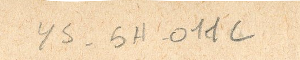
ys-5H-011C